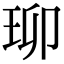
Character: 珋